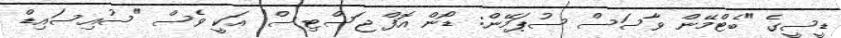
ޑީސީގެ "ބެޓްމޭން ވާސަސް ސުޕަމޭން: ޑޯން އޮފް ޖަސްޓިސް" އަކީ ވެސް "ސުއިސައިޑް